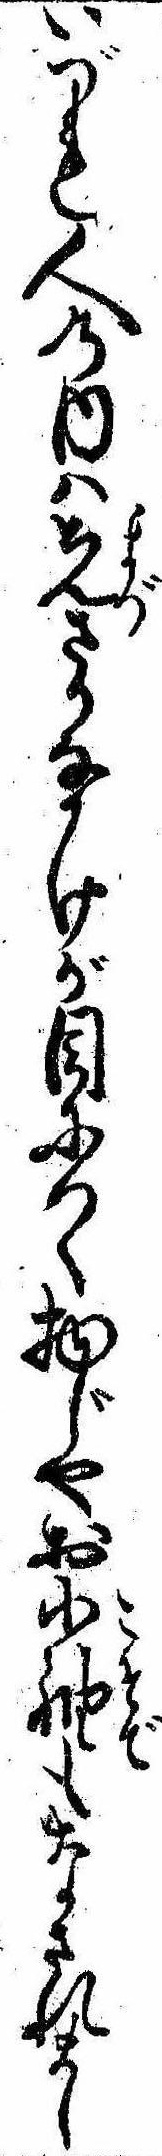
いづれ人の内は先さかなかけが目につく物じやお小袖もなされまし